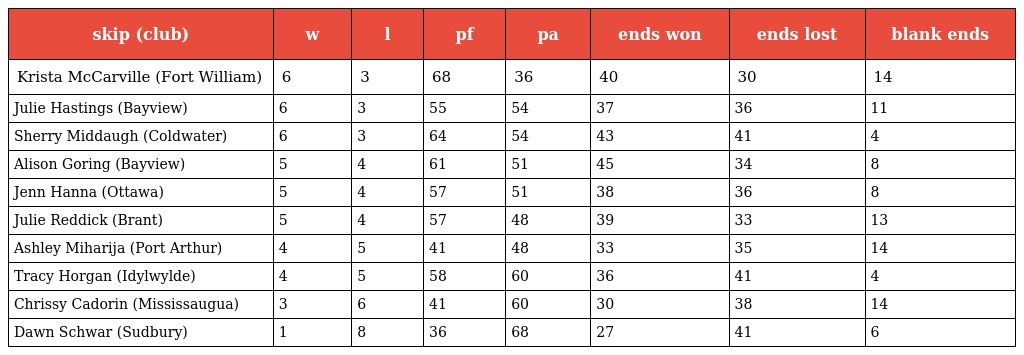
| skip (club) | w | l | pf | pa | ends won | ends lost | blank ends |
 | --- | --- | --- | --- | --- | --- | --- | --- |
 | Krista McCarville (Fort William) | 6 | 3 | 68 | 36 | 40 | 30 | 14 |
 | Julie Hastings (Bayview) | 6 | 3 | 55 | 54 | 37 | 36 | 11 |
 | Sherry Middaugh (Coldwater) | 6 | 3 | 64 | 54 | 43 | 41 | 4 |
 | Alison Goring (Bayview) | 5 | 4 | 61 | 51 | 45 | 34 | 8 |
 | Jenn Hanna (Ottawa) | 5 | 4 | 57 | 51 | 38 | 36 | 8 |
 | Julie Reddick (Brant) | 5 | 4 | 57 | 48 | 39 | 33 | 13 |
 | Ashley Miharija (Port Arthur) | 4 | 5 | 41 | 48 | 33 | 35 | 14 |
 | Tracy Horgan (Idylwylde) | 4 | 5 | 58 | 60 | 36 | 41 | 4 |
 | Chrissy Cadorin (Mississaugua) | 3 | 6 | 41 | 60 | 30 | 38 | 14 |
 | Dawn Schwar (Sudbury) | 1 | 8 | 36 | 68 | 27 | 41 | 6 |